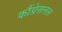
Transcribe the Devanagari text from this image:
कौंग्रेसनल